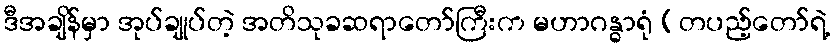
ဒီအချိန်မှာ အုပ်ချုပ်တဲ့ အတိသုခဆရာတော်ကြီးက မဟာဂန္ဓာရုံ (တပည့်တော်ရဲ့